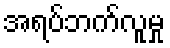
အရပ်ဘက်လူမှု